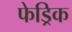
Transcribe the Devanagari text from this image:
फेड्रिक